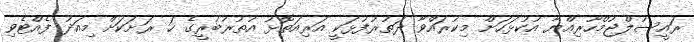
ރައީސުލްޖުމްހޫރިއްޔާ އުކުޅަހަށް މިކުރައްވާ ދަތުރުފުޅަކީ އަރިއަތޮޅު އުތުރުބުރީގެ ހަ ރަށަކަށް މިއަދު ފެއްޓެވި